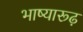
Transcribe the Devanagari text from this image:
भाष्यारूढ़